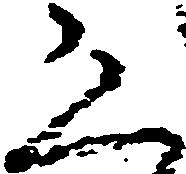
恐